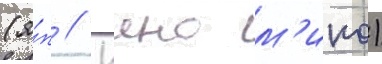
(я́п // Иино м'ико)